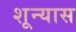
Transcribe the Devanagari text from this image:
शून्यास